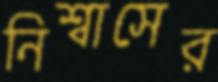
নিশ্বাসের